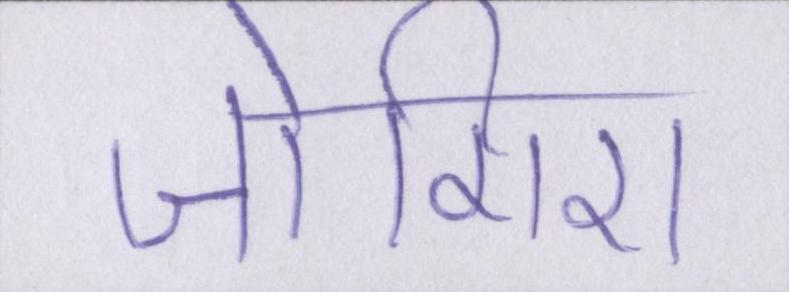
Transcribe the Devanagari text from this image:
जोगिरा